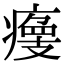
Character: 𤹹